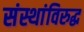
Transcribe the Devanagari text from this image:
संस्थांविरुद्ध